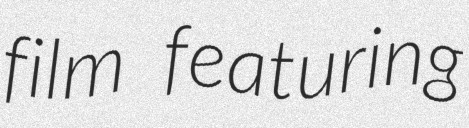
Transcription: film featuring